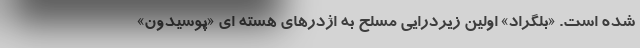
شده است. «بلگراد» اولین زیردرایی مسلح به اژدرهای هسته ای «پوسیدون»